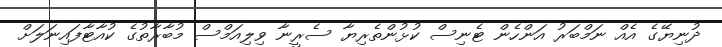
ދުނިޔޭގެ އެއް ނަމްބަރު އަންހެން ޓެނިސް ކުޅުންތެރިޔާ ސެރީނާ ވިލިއަމްސް މުބާރާތުގެ ކުއާޓާފައިނަލަށް